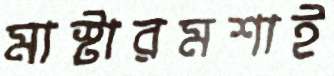
মাস্টারমশাই